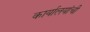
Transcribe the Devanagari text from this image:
कार्यालयांची